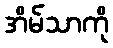
အိမ်သာကို